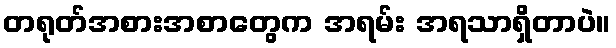
တရုတ်အစားအစာတွေက အရမ်း အရသာရှိတာပဲ။